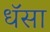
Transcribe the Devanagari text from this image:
धॅसा